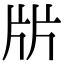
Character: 㸞